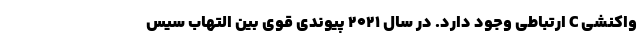
واکنشی C ارتباطی وجود دارد. در سال 2021 پیوندی قوی بین التهاب سیس